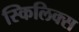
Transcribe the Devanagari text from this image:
स्किलिक्स